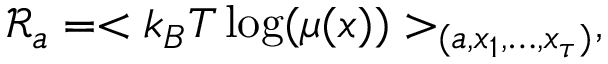
\mathcal { R } _ { a } = < k _ { B } T \log ( \mu ( x ) ) > _ { ( a , x _ { 1 } , \dots , x _ { \tau } ) } ,